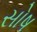
સોષ